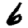
Digit: 6